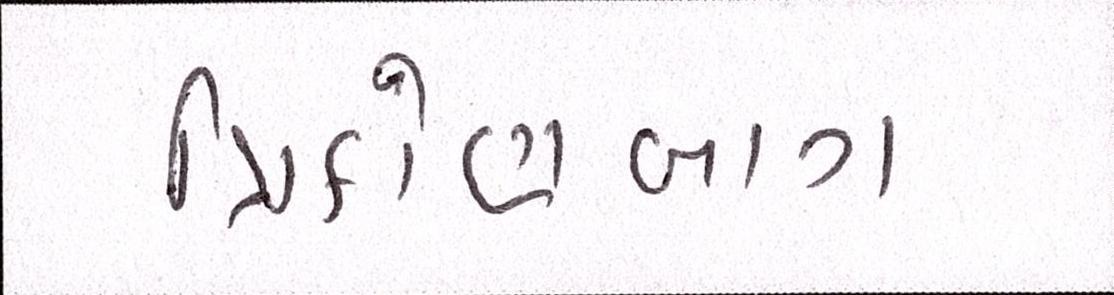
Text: ત્રિકોણબાગ